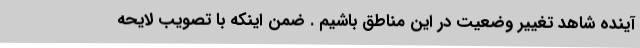
آینده شاهد تغییر وضعیت در این مناطق باشیم . ضمن اینکه با تصویب لایحه